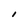
Character: I